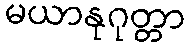
မယာနုဂုတ္တာ